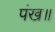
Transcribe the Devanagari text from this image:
पंख॥